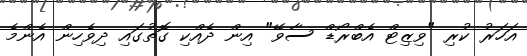
އަހަރު ކުރި "ވިޒިޓް އެބްރޯޑް ސާވޭ" އިން ދެއްކި ގޮތުގައި ދިވެހިން އެންމެ